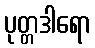
ပုတ္တဒါရော